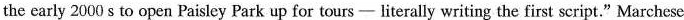
the early 2000 s to open Paisley Park up for tours - literally writing the first script." Marchese